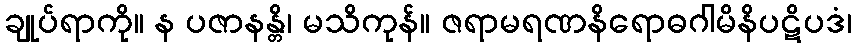
ချုပ်ရာကို။ န ပဇာနန္တိ၊ မသိကုန်။ ဇရာမရဏနိရောဓဂါမိနိပဋိပဒံ၊